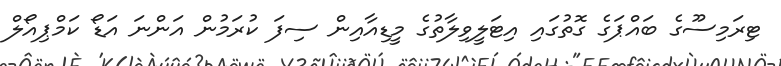
ޓިރަމިސޫގެ ބައްޕަގެ ގޮތުގައި އިޓަލީވިލާތުގެ މީޑިއާއިން ސިފަ ކުރަމުން އަންނަ އަޑޯ ކަމްޕިއޯލް